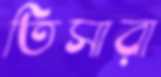
তিসারা